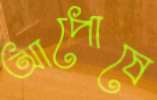
আপোষে